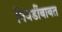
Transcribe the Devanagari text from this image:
निवडींबाबत